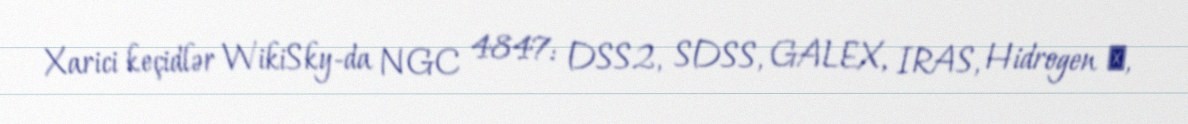
Xarici keçidlər WikiSky-da NGC 4847: DSS2, SDSS, GALEX, IRAS, Hidrogen α,